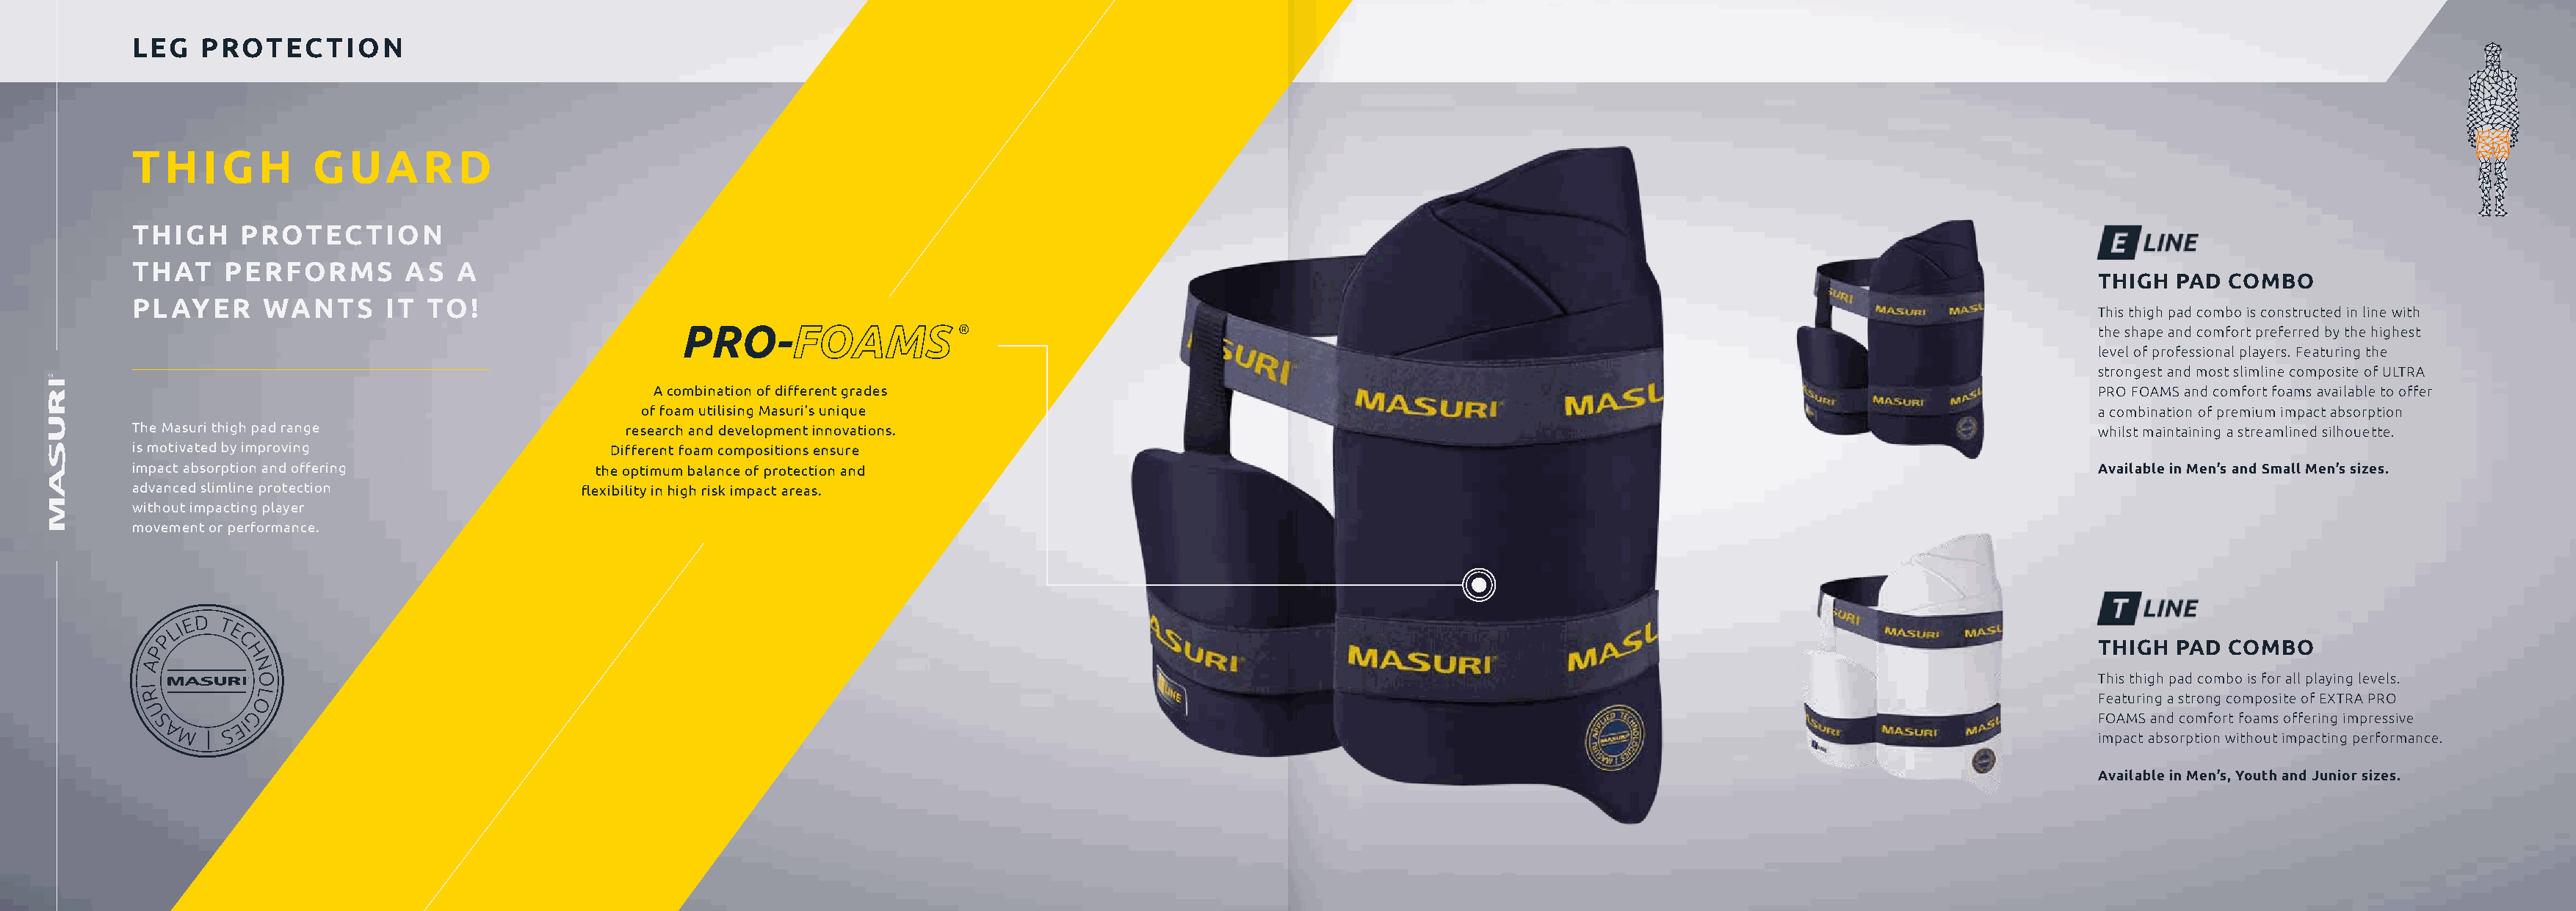
LEG   PROTECTION
 THIG       H    GUARD
 THIGH     PROTECTION
 THAT    PERFORMS         AS  A
 THIGH  PAD  COMBO
 PLAYER      WANTS      IT TO!
 This thigh pad combo is constructed in line with
 ®                                                                                                      the shape and comfort preferred by the highest
 level of professional players. Featuring the
 strongest and most slimline composite of ULTRA
 A combination of different grades                                                                                                 PRO FOAMS and comfort foams available to offer
 of foam utilising Masuri’s unique                                                                                                  a combination of premium impact absorption
 The Masuri thigh pad range                  research and development innovations.                                                                                                whilst maintaining a streamlined silhouette.
 is motivated by improving                  Different foam compositions ensure
 impact absorption and offering            the optimum balance of protection and                                                                                                  Available in Men’s and Small Men’s sizes.
 advanced slimline protection            flexibility in high risk impact areas.
 without impacting player
 movement or performance.
 THIGH  PAD  COMBO
 This thigh pad combo is for all playing levels.
 Featuring a strong composite of EXTRA PRO
 FOAMS and comfort foams offering impressive
 impact absorption without impacting performance.
 Available in Men’s, Youth and Junior sizes.